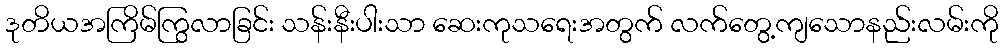
ဒုတိယအကြိမ်ကြွလာခြင်း သန်းနီးပါးသာ ဆေးကုသရေးအတွက် လက်တွေ့ကျသောနည်းလမ်းကို